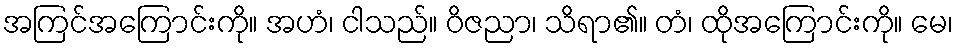
အကြင်အကြောင်းကို။ အဟံ၊ ငါသည်။ ဝိဇညာ၊ သိရာ၏။ တံ၊ ထိုအကြောင်းကို။ မေ၊